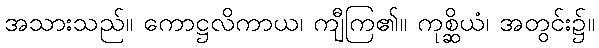
အသားသည်။ ကောဋ္ဌလိကာယ၊ ကျီကြ၏။ ကုစ္ဆိယံ၊ အတွင်း၌။